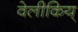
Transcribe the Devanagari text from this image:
वेलीकिय्